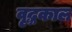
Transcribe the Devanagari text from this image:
वृद्धकाल